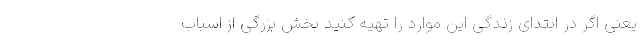
یعنی اگر در ابتدای زندگی این موارد را تهیه کنید بخش بزرگی از اسباب